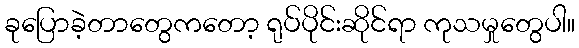
ခုပြောခဲ့တာတွေကတော့ ရုပ်ပိုင်းဆိုင်ရာ ကုသမှုတွေပါ။